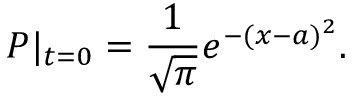
P | _ { t = 0 } = \frac { 1 } { \sqrt { \pi } } e ^ { - ( x - a ) ^ { 2 } } .